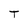
Character: T